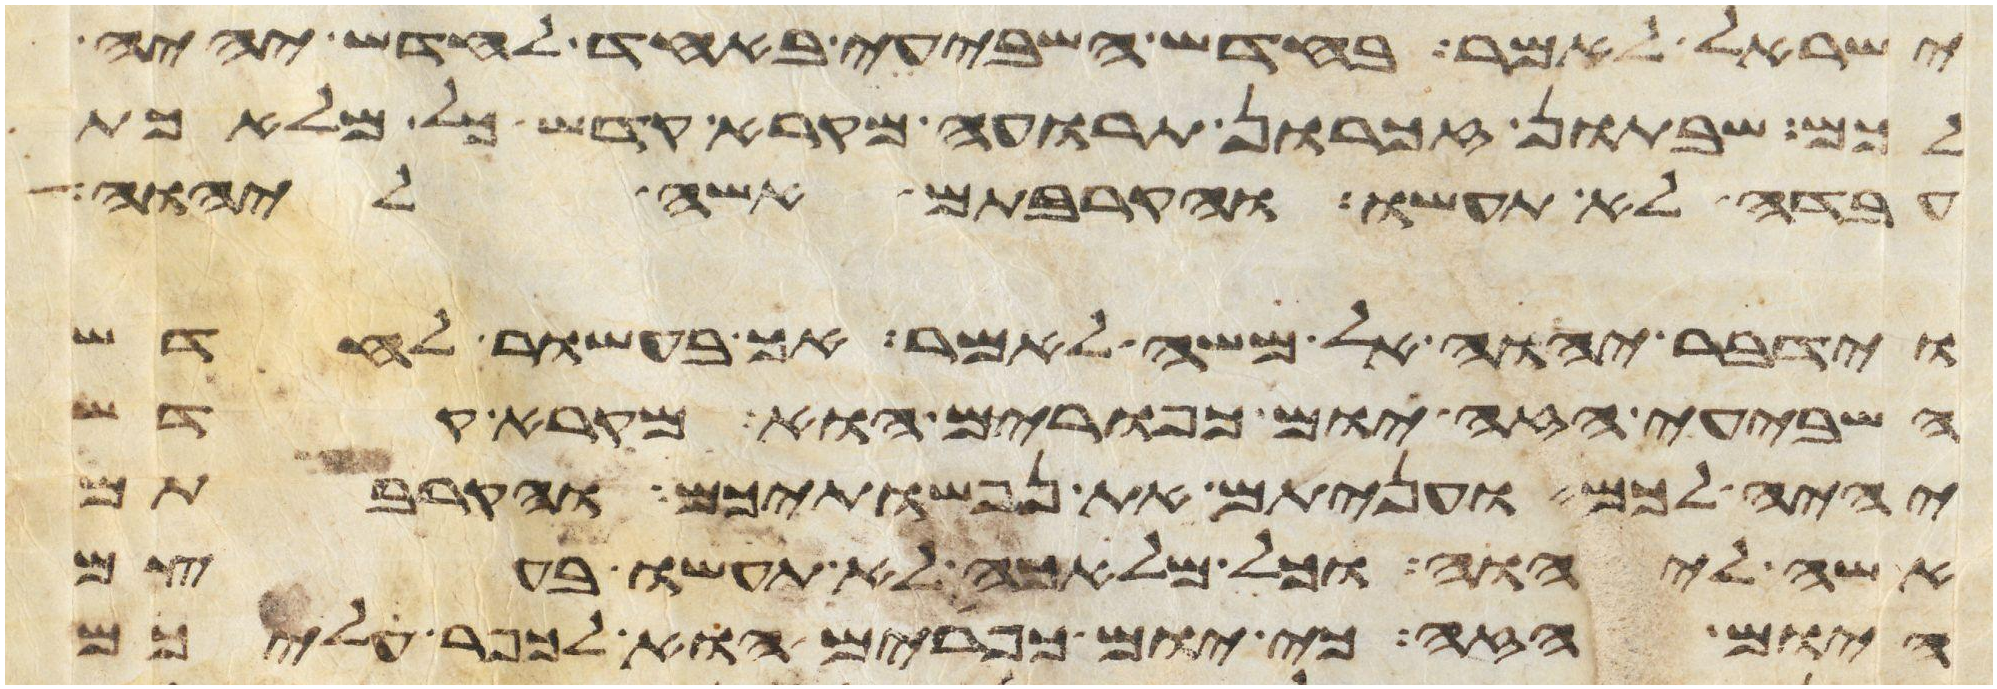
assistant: ישראל לאמר בחדש השביעי באחד לחדש יהיה
לכם שבתון זכרון תרועה מקרא קדש כל מלאכת
עבדה לא תעשו והקרבתם אשה ליהוה
וידבר יהוה אל משה לאמר אך בעשור לחדש
השביעי הזה יום כפורים הוא מקרא קדש
יהיה לכם ועניתם את נפשתיכם והקרבתם
אשה ליהוה וכל מלאכה לא תעשו בעצם
היום הזה כי יום כפורים הוא לכפר עליכם